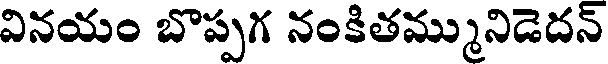
వినయం బొప్పగ నంకితమ్మునిడెదన్